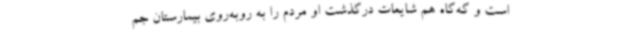
است و گه‌گاه هم شایعات درگذشت او مردم را به روبه‌روی بیمارستان جم